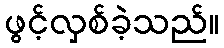
ဖွင့်လှစ်ခဲ့သည်။